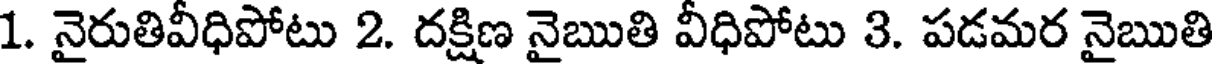
1. నైరుతివీధిపోటు 2. దక్షిణ నైఋతి వీధిపోటు 3. పడమర నైఋతి